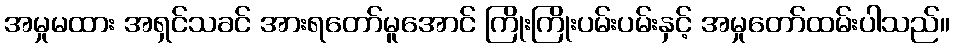
အမှုမထား အရှင်သခင် အားရတော်မူအောင် ကြိုးကြိုးပမ်းပမ်းနှင့် အမှုတော်ထမ်းပါသည်။